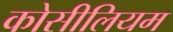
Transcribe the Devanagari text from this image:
कोसीलियम